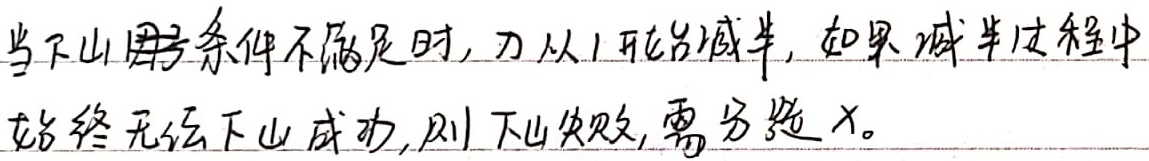
当下山围岩条件不满足时，刀从1开始减半，如果减半过程中始终无法下山成功，则下山失败，需另选X。